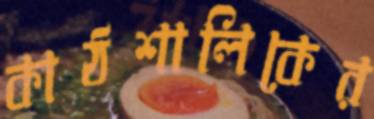
কাঠশালিকের